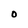
Character: O